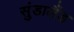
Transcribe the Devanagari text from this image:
सुंडालैंड